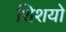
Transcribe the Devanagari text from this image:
शिशयो